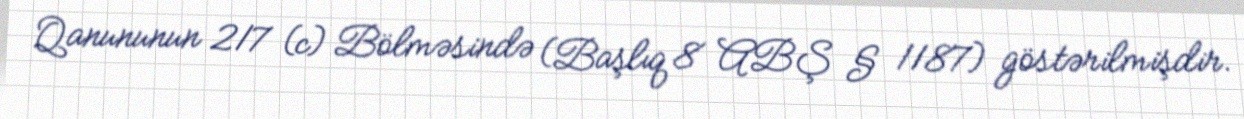
Qanununun 217 (c) Bölməsində (Başlıq 8 ABŞ § 1187) göstərilmişdir.